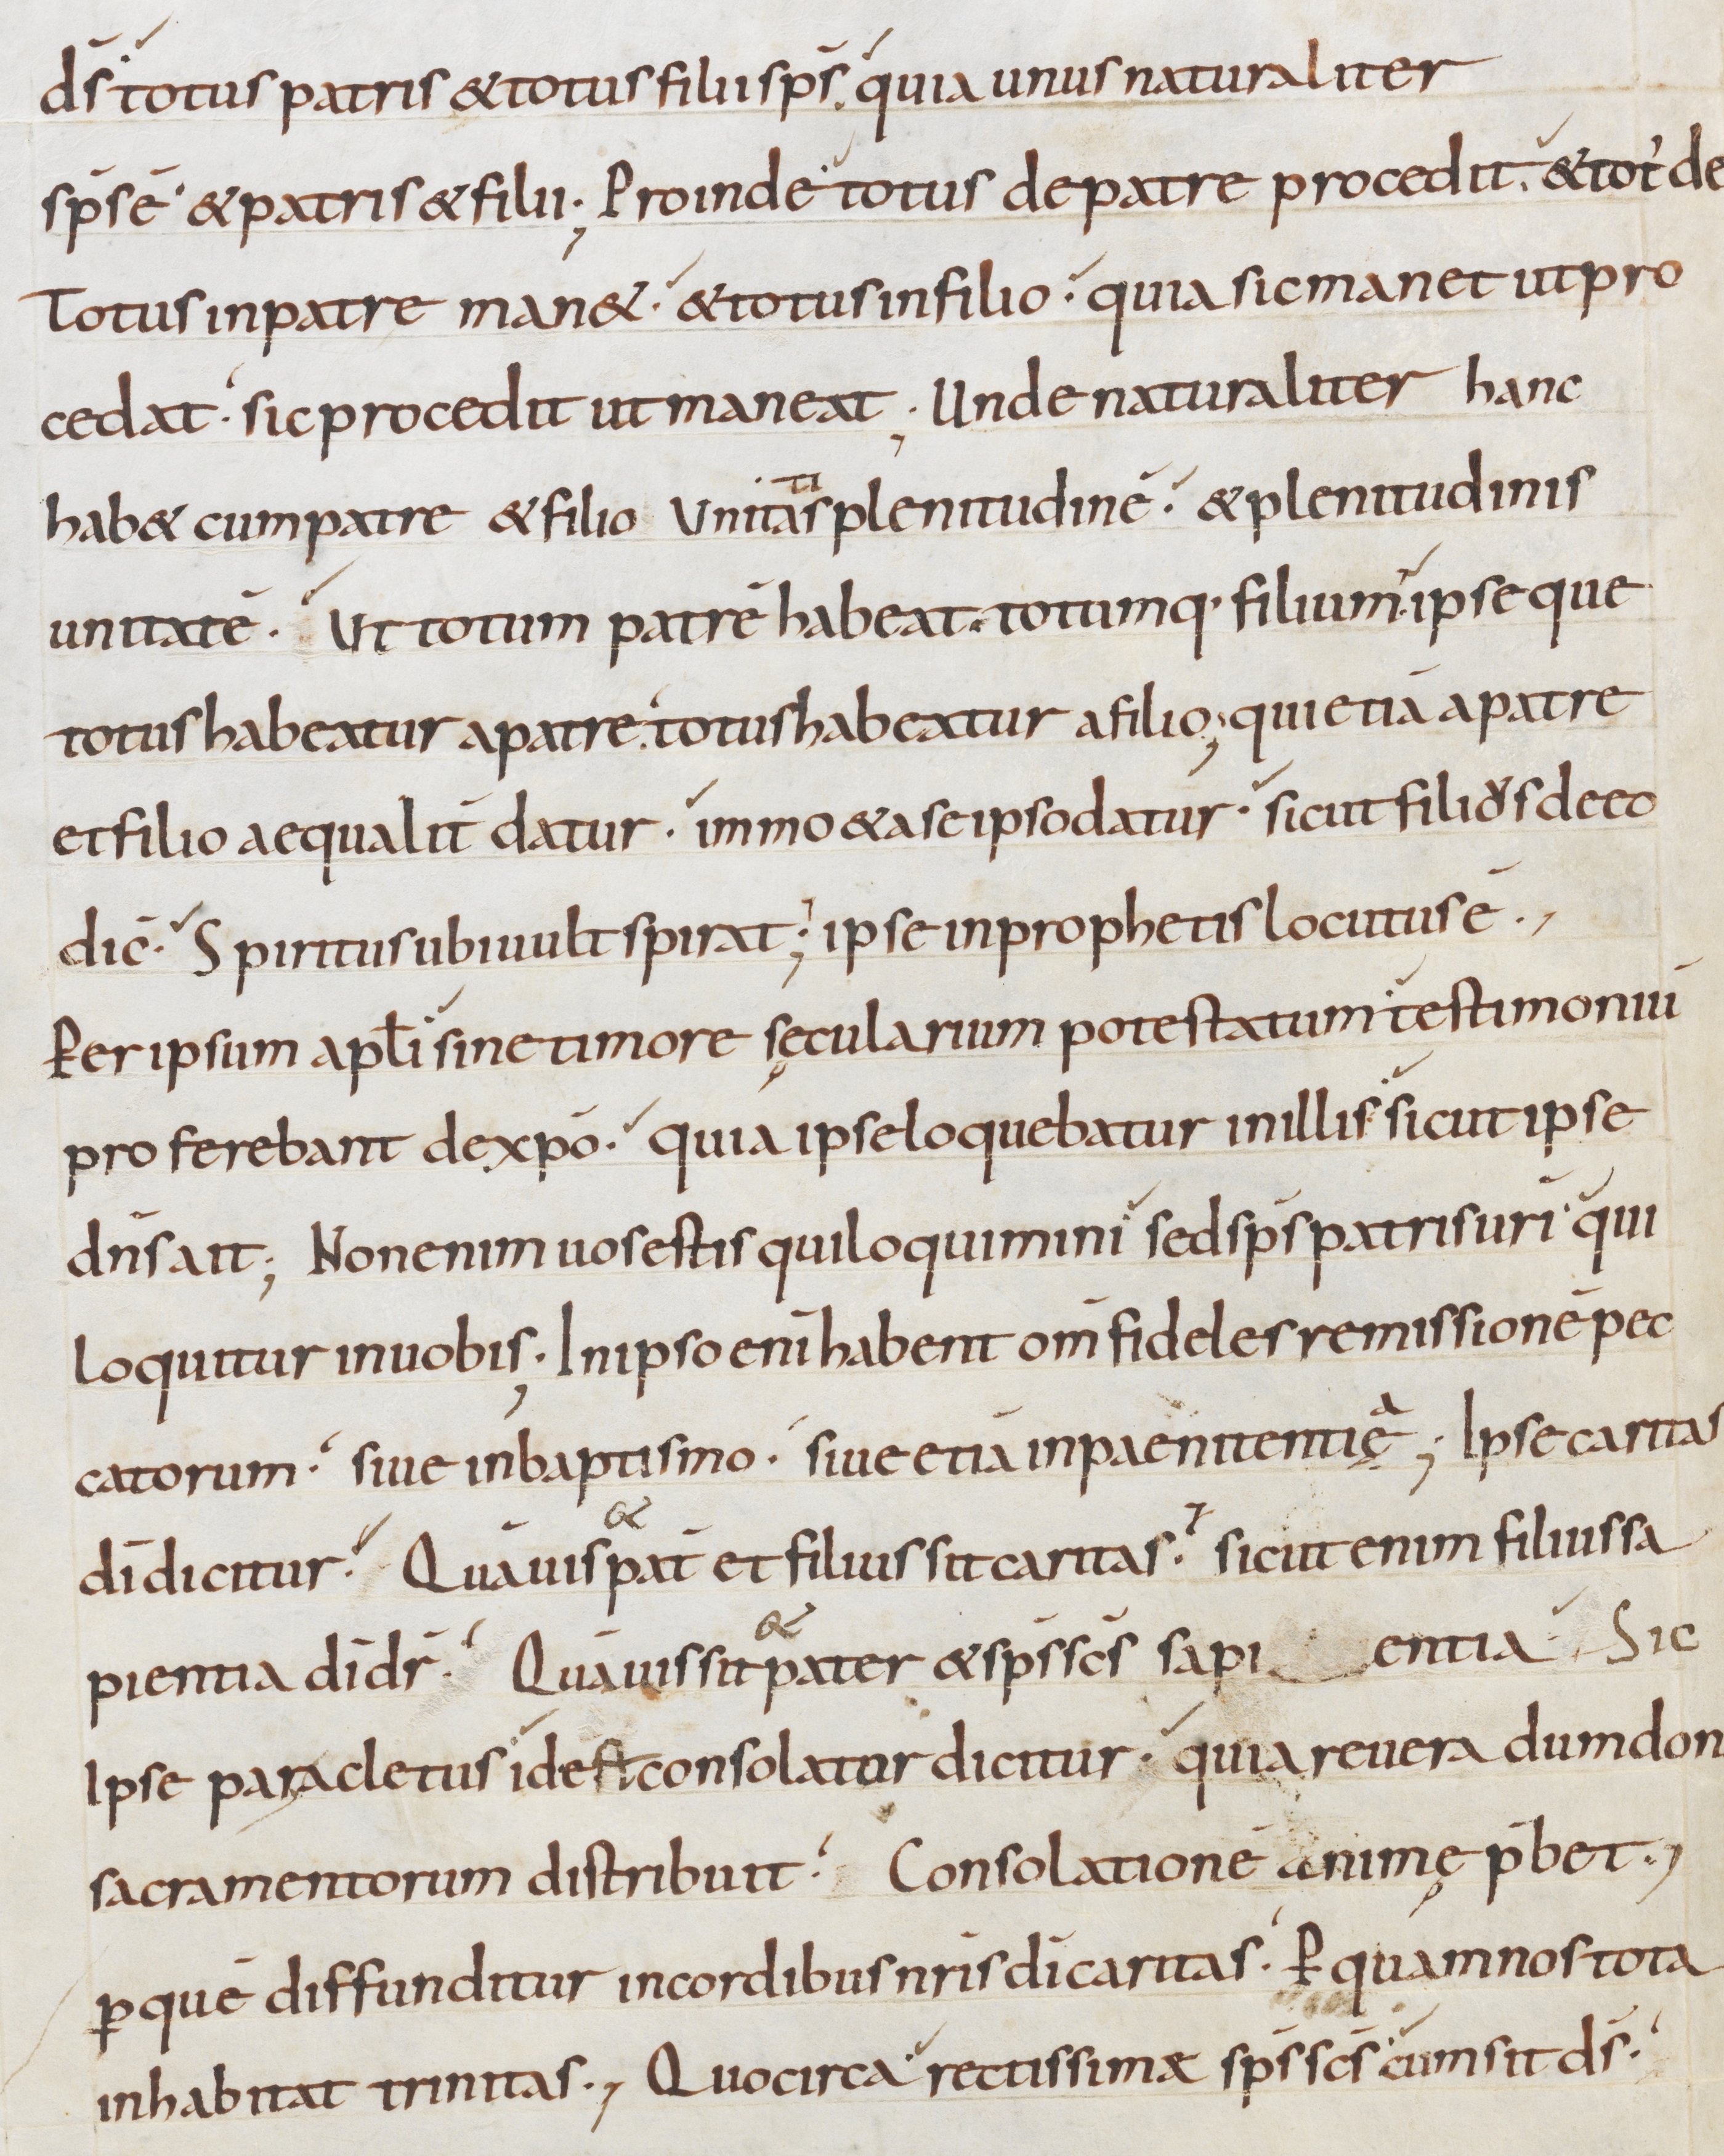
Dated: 800–899